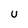
Character: U